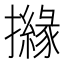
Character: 𢷻